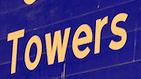
towers